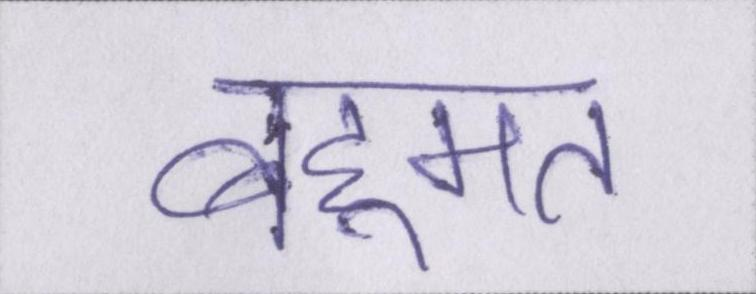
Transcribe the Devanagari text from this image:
बहूमत